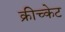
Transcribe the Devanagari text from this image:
क्रीच्केट